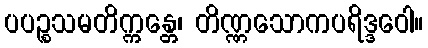
ပပဉ္စသမတိက္ကန္တေ၊ တိဏ္ဏသောကပရိဒ္ဒဝေါ။